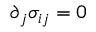
\partial _ { j } \sigma _ { i j } = 0